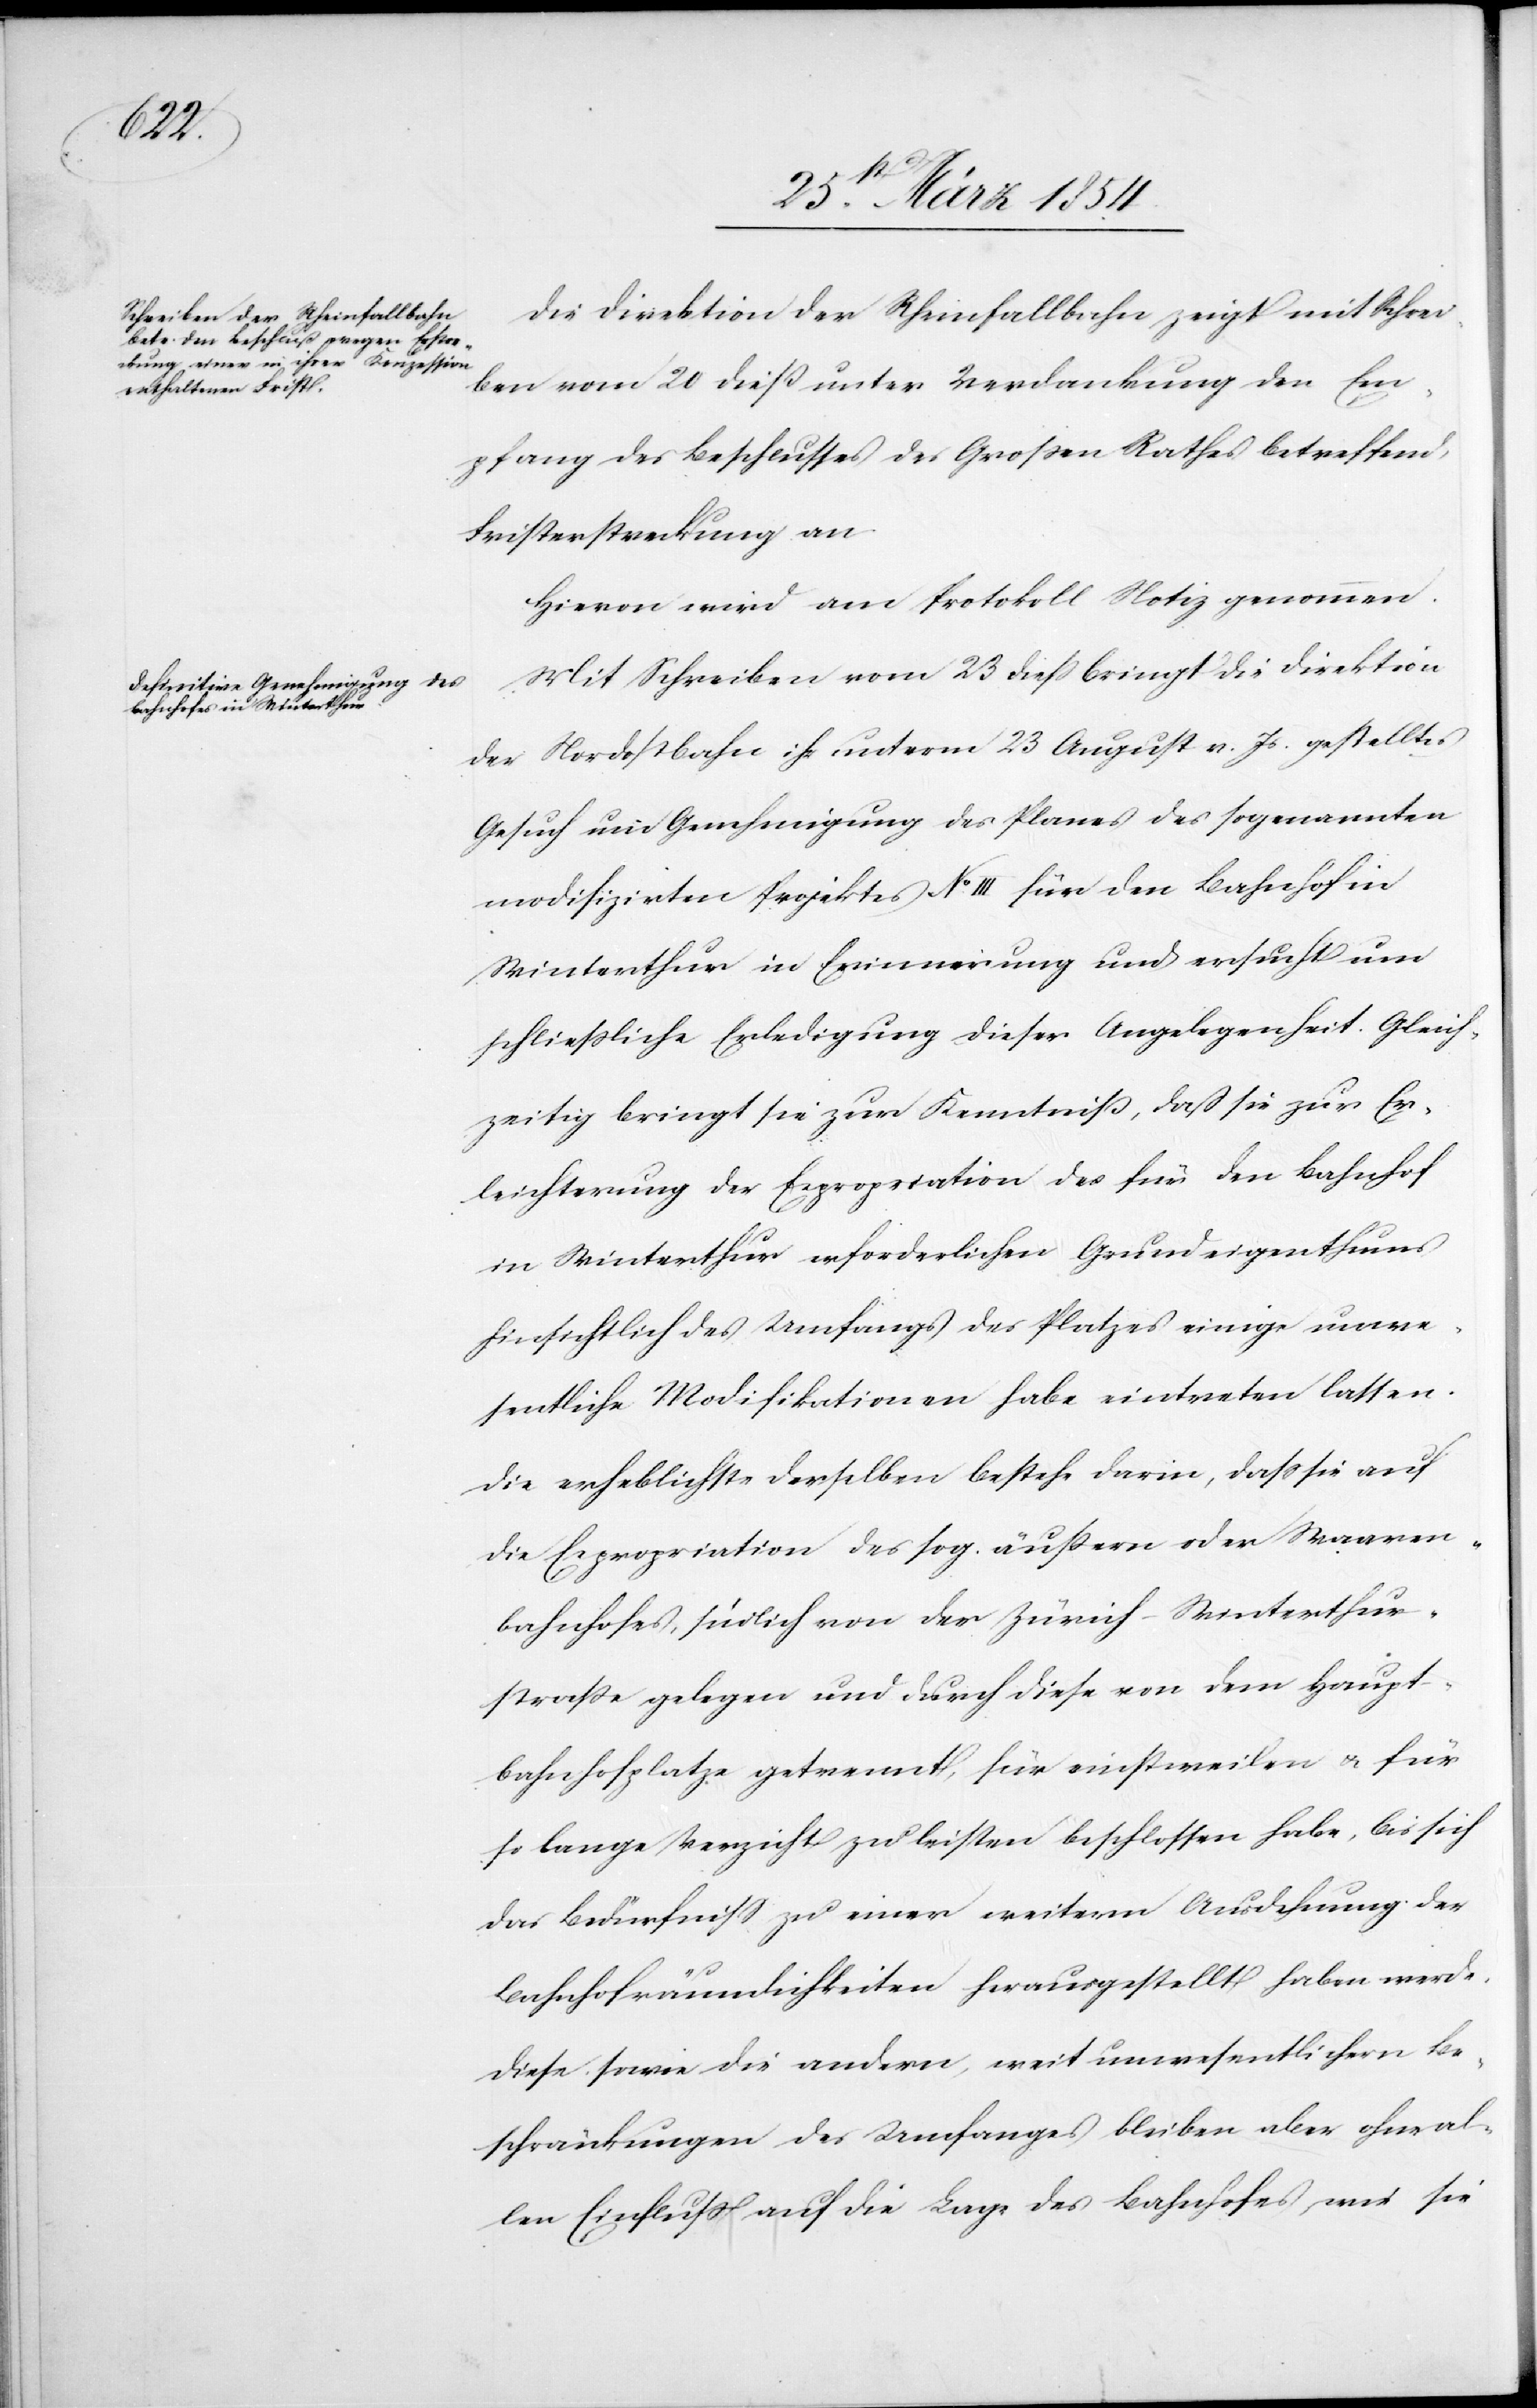
Die Direktion der Rheinfallbahn zeigt mit Schrei¬
ben vom 20 dieß unter Verdankung den Em¬
pfang des Beschlusses des Großen Rathes betreffend
Fristerstreckung an.
Hievon wird am Protokoll Notiz genommen.
Mit Schreiben vom 23 dieß bringt die Direktion
der Nordostbahn ihr unterm 23 August v. Js. gestelltes
Gesuch um Genehmigung des Planes des sogenannten
modifizirten Projektes No III für den Bahnhof in
Winterthur in Erinnerung und ersucht um
schließliche Erledigung dieser Angelegenheit. Gleich¬
zeitig bringt sie zur Kenntniß, daß sie zur Er¬
leichterung der Expropriation des für den Bahnhof
in Winterthur erforderlichen Grundeigenthums
hinsichtlich des Umfangs des Platzes einige unwe¬
sentliche Modifikationen habe eintreten lassen.
Die erheblichste derselben bestehe darin, daß sie auf
die Expropriation des sog. äußern oder Waaren¬
bahnhofes, südlich von der Zürich-Winterthur¬
straße gelegen und durch diese von dem Haupt¬
bahnhofplatze getrennt, für einstweilen u. für
so lange Verzicht zu leisten beschlossen habe, bis sich
das Bedürfniß zu einer weitern Ausdehnung der
Bahnhofräumlichkeiten herausgestellt haben werde.
Diese sowie die andern, weit unwesentlichern Be¬
schränkungen des Umfanges bleiben aber ohne al¬
len Einfluß auf die Lage des Bahnhofes und sie